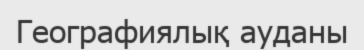
Географиялық ауданы